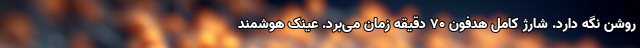
روشن نگه دارد. شارژ کامل هدفون ۷۰ دقیقه زمان می‌برد. عینک هوشمند